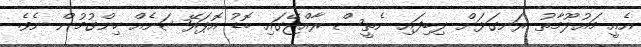
އެއީ މައުލޫމާތު ރަނގަޅަށް ލިބިފައި ނެތީސް ރާއްޖޭގައި ބޮޑު އޮޕަރޭޝަނެއް ހިންގުމުން ނެވެ.